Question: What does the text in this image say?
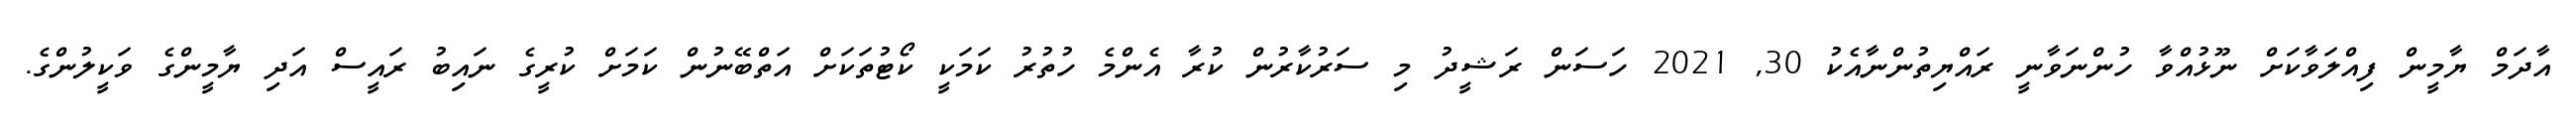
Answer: އާދަމް ޔާމީން ފިއްލަވާކަށް ނޫޅުއްވާ ހުންނަވާނީ ރައްޔިތުންނާއެކު 30, 2021 ހަސަން ރަޝީދު މި ސަރުކާރުން ކުރާ އެންމެ ހުތުރު ކަމަކީ ކޯޓުތަކަށް އަތްބޭނުން ކަމަށް ކުރީގެ ނައިބު ރައީސް އަދި ޔާމީންގެ ވަކީލުންގެ.